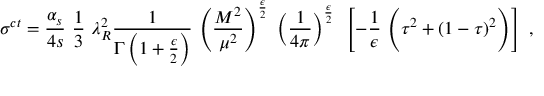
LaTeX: \sigma ^ { c t } = { \frac { \alpha _ { s } } { 4 s } } ~ { \frac { 1 } { 3 } } ~ \lambda _ { R } ^ { 2 } { \frac { 1 } { \Gamma \left( 1 + { \frac { \epsilon } { 2 } } \right) } } ~ \Bigg ( { \frac { M ^ { 2 } } { \mu ^ { 2 } } } \Bigg ) ^ { \frac { \epsilon } { 2 } } ~ \left( { \frac { 1 } { 4 \pi } } \right) ^ { \frac { \epsilon } { 2 } } ~ \left[ - { \frac { 1 } { \epsilon } } ~ \Bigg ( \tau ^ { 2 } + ( 1 - \tau ) ^ { 2 } \Bigg ) \right] \ ,